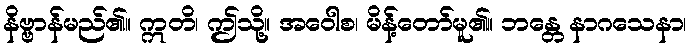
နိဗ္ဗာန်မည်၏။ ဣတိ၊ ဤသို့။ အဝေါစ၊ မိန့်တော်မူ၏။ ဘန္တေ နာဂသေနာ၊